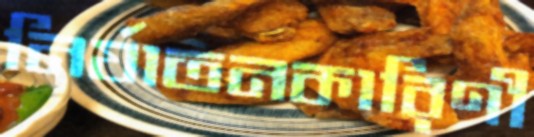
নির্যাতনকারিণী